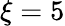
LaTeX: \xi=5